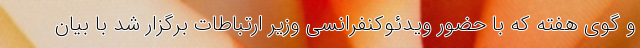
و گوی هفته که با حضور ویدئوکنفرانسی وزیر ارتباطات برگزار شد با بیان